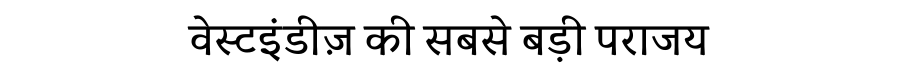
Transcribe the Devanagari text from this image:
वेस्टइंडीज़ की सबसे बड़ी पराजय